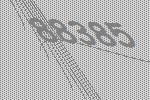
88385